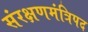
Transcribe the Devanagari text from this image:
संरक्षणमंत्रिपद